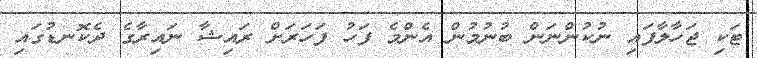
ޓަކި ޖަހާލާފައި ނުކުންނަން ބުނުމުން އެންމެ ފަހު ފަހަރަށް ރައިޝާ ނައިރާގެ ދެކޮނޑުގައި